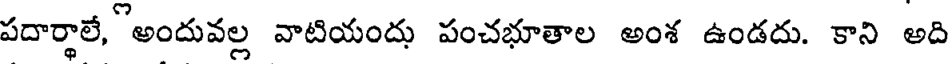
పదార్థాలే, అందువల్ల వాటియందు పంచభూతాల అంశ ఉండదు. కాని అది